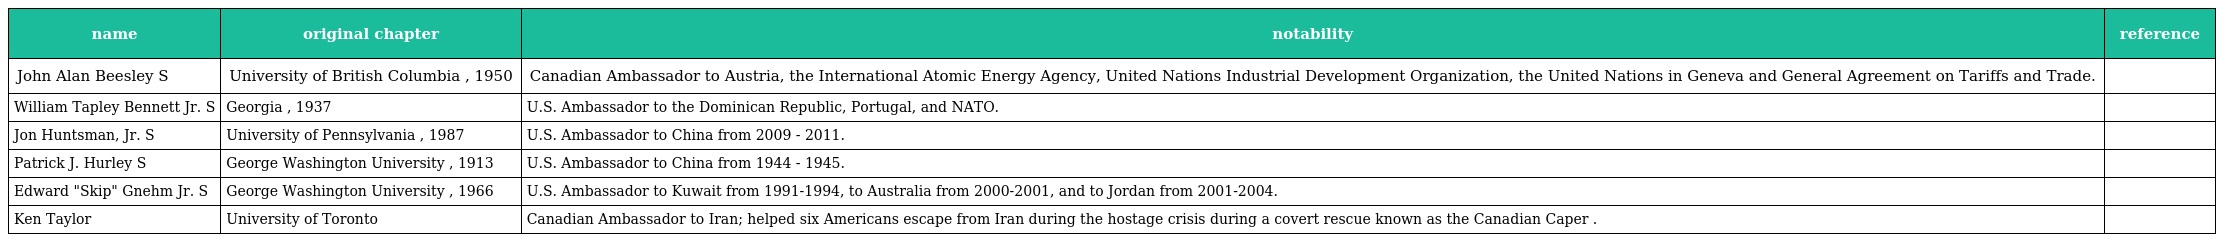
| name | original chapter | notability | reference |
 | --- | --- | --- | --- |
 | John Alan Beesley S | University of British Columbia , 1950 | Canadian Ambassador to Austria, the International Atomic Energy Agency, United Nations Industrial Development Organization, the United Nations in Geneva and General Agreement on Tariffs and Trade. |  |
 | William Tapley Bennett Jr. S | Georgia , 1937 | U.S. Ambassador to the Dominican Republic, Portugal, and NATO. |  |
 | Jon Huntsman, Jr. S | University of Pennsylvania , 1987 | U.S. Ambassador to China from 2009 - 2011. |  |
 | Patrick J. Hurley S | George Washington University , 1913 | U.S. Ambassador to China from 1944 - 1945. |  |
 | Edward "Skip" Gnehm Jr. S | George Washington University , 1966 | U.S. Ambassador to Kuwait from 1991-1994, to Australia from 2000-2001, and to Jordan from 2001-2004. |  |
 | Ken Taylor | University of Toronto | Canadian Ambassador to Iran; helped six Americans escape from Iran during the hostage crisis during a covert rescue known as the Canadian Caper . |  |